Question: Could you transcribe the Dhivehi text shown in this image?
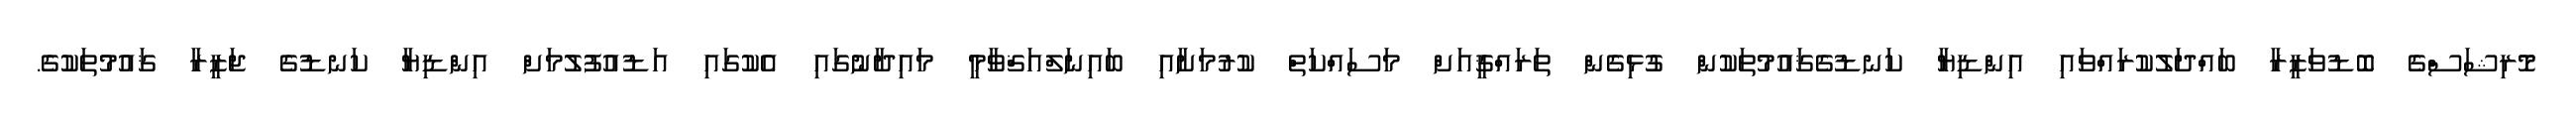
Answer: މޮރިޝަސްގެ ބޮޑުވަޒީރާ ބައްދަލުކުރައްވައި އިންޑިޔާ ކަނޑުގެޤައުމުތަކުން ގުޅިގެން ތަރައްޤީއަށް މަސައްކަތް ކުރުމަށާއި ބައިނަލްއަޤްވާމީ މައިދާނުގައި އެކުގައި އަޑުއުފުލުމަށް އިންޑިޔާ ކަނޑުގެ ޖަޒީރާ ޤައުމުތަކުގެ.